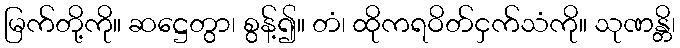
မြက်တို့ကို။ ဆဋ္ဌေတွာ၊ စွန့်၍။ တံ၊ ထိုကရဝိတ်ငှက်သံကို။ သုဏန္တိ၊